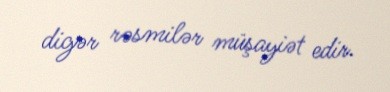
digər rəsmilər müşayiət edir.